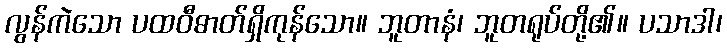
လွန်ကဲသော ပထဝီဓာတ်ရှိကုန်သော။ ဘူတာနံ၊ ဘူတရုပ်တို့၏။ ပသာဒါ၊